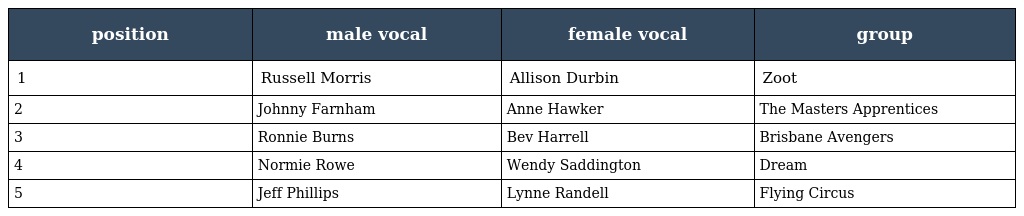
| position | male vocal | female vocal | group |
 | --- | --- | --- | --- |
 | 1 | Russell Morris | Allison Durbin | Zoot |
 | 2 | Johnny Farnham | Anne Hawker | The Masters Apprentices |
 | 3 | Ronnie Burns | Bev Harrell | Brisbane Avengers |
 | 4 | Normie Rowe | Wendy Saddington | Dream |
 | 5 | Jeff Phillips | Lynne Randell | Flying Circus |